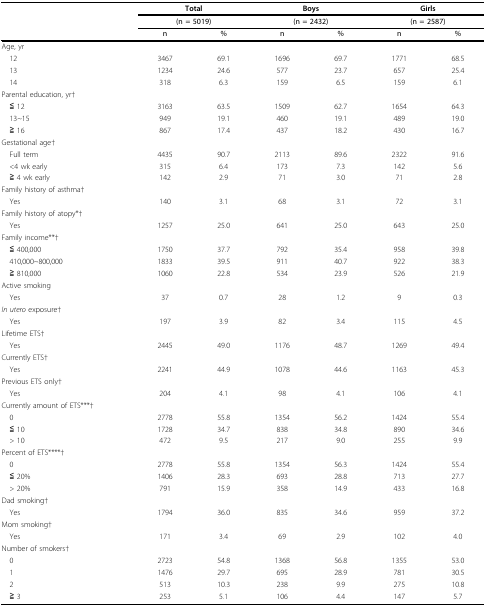
<table><thead><tr><td></td><td colspan="2"><b>Total</b></td><td colspan="2"><b>Boys</b></td><td colspan="2"><b>Girls</b></td></tr><tr><td></td><td colspan="2"><b>(n = 5019)</b></td><td colspan="2"><b>(n = 2432)</b></td><td colspan="2"><b>(n = 2587)</b></td></tr><tr><td></td><td><b>n</b></td><td><b>%</b></td><td><b>n</b></td><td><b>%</b></td><td><b>n</b></td><td><b>%</b></td></tr></thead><tbody><tr><td>Age, yr</td><td></td><td></td><td></td><td></td><td></td><td></td></tr><tr><td> 12</td><td>3467</td><td>69.1</td><td>1696</td><td>69.7</td><td>1771</td><td>68.5</td></tr><tr><td> 13</td><td>1234</td><td>24.6</td><td>577</td><td>23.7</td><td>657</td><td>25.4</td></tr><tr><td> 14</td><td>318</td><td>6.3</td><td>159</td><td>6.5</td><td>159</td><td>6.1</td></tr><tr><td>Parental education, yr†</td><td></td><td></td><td></td><td></td><td></td><td></td></tr><tr><td> ≦ 12</td><td>3163</td><td>63.5</td><td>1509</td><td>62.7</td><td>1654</td><td>64.3</td></tr><tr><td> 13~15</td><td>949</td><td>19.1</td><td>460</td><td>19.1</td><td>489</td><td>19.0</td></tr><tr><td> ≧ 16</td><td>867</td><td>17.4</td><td>437</td><td>18.2</td><td>430</td><td>16.7</td></tr><tr><td>Gestational age†</td><td></td><td></td><td></td><td></td><td></td><td></td></tr><tr><td> Full term</td><td>4435</td><td>90.7</td><td>2113</td><td>89.6</td><td>2322</td><td>91.6</td></tr><tr><td> &lt;4 wk early</td><td>315</td><td>6.4</td><td>173</td><td>7.3</td><td>142</td><td>5.6</td></tr><tr><td> ≧ 4 wk early</td><td>142</td><td>2.9</td><td>71</td><td>3.0</td><td>71</td><td>2.8</td></tr><tr><td>Family history of asthma†</td><td></td><td></td><td></td><td></td><td></td><td></td></tr><tr><td> Yes</td><td>140</td><td>3.1</td><td>68</td><td>3.1</td><td>72</td><td>3.1</td></tr><tr><td>Family history of atopy*†</td><td></td><td></td><td></td><td></td><td></td><td></td></tr><tr><td> Yes</td><td>1257</td><td>25.0</td><td>641</td><td>25.0</td><td>643</td><td>25.0</td></tr><tr><td>Family income**†</td><td></td><td></td><td></td><td></td><td></td><td></td></tr><tr><td> ≦ 400,000</td><td>1750</td><td>37.7</td><td>792</td><td>35.4</td><td>958</td><td>39.8</td></tr><tr><td> 410,000~800,000</td><td>1833</td><td>39.5</td><td>911</td><td>40.7</td><td>922</td><td>38.3</td></tr><tr><td> ≧ 810,000</td><td>1060</td><td>22.8</td><td>534</td><td>23.9</td><td>526</td><td>21.9</td></tr><tr><td>Active smoking</td><td></td><td></td><td></td><td></td><td></td><td></td></tr><tr><td> Yes</td><td>37</td><td>0.7</td><td>28</td><td>1.2</td><td>9</td><td>0.3</td></tr><tr><td><i>In utero </i>exposure†</td><td></td><td></td><td></td><td></td><td></td><td></td></tr><tr><td> Yes</td><td>197</td><td>3.9</td><td>82</td><td>3.4</td><td>115</td><td>4.5</td></tr><tr><td>Lifetime ETS†</td><td></td><td></td><td></td><td></td><td></td><td></td></tr><tr><td> Yes</td><td>2445</td><td>49.0</td><td>1176</td><td>48.7</td><td>1269</td><td>49.4</td></tr><tr><td>Currently ETS†</td><td></td><td></td><td></td><td></td><td></td><td></td></tr><tr><td> Yes</td><td>2241</td><td>44.9</td><td>1078</td><td>44.6</td><td>1163</td><td>45.3</td></tr><tr><td>Previous ETS only†</td><td></td><td></td><td></td><td></td><td></td><td></td></tr><tr><td> Yes</td><td>204</td><td>4.1</td><td>98</td><td>4.1</td><td>106</td><td>4.1</td></tr><tr><td>Currently amount of ETS***†</td><td></td><td></td><td></td><td></td><td></td><td></td></tr><tr><td> 0</td><td>2778</td><td>55.8</td><td>1354</td><td>56.2</td><td>1424</td><td>55.4</td></tr><tr><td> ≦ 10</td><td>1728</td><td>34.7</td><td>838</td><td>34.8</td><td>890</td><td>34.6</td></tr><tr><td> &gt; 10</td><td>472</td><td>9.5</td><td>217</td><td>9.0</td><td>255</td><td>9.9</td></tr><tr><td>Percent of ETS****†</td><td></td><td></td><td></td><td></td><td></td><td></td></tr><tr><td> 0</td><td>2778</td><td>55.8</td><td>1354</td><td>56.3</td><td>1424</td><td>55.4</td></tr><tr><td> ≦ 20%</td><td>1406</td><td>28.3</td><td>693</td><td>28.8</td><td>713</td><td>27.7</td></tr><tr><td> &gt; 20%</td><td>791</td><td>15.9</td><td>358</td><td>14.9</td><td>433</td><td>16.8</td></tr><tr><td>Dad smoking†</td><td></td><td></td><td></td><td></td><td></td><td></td></tr><tr><td> Yes</td><td>1794</td><td>36.0</td><td>835</td><td>34.6</td><td>959</td><td>37.2</td></tr><tr><td>Mom smoking†</td><td></td><td></td><td></td><td></td><td></td><td></td></tr><tr><td> Yes</td><td>171</td><td>3.4</td><td>69</td><td>2.9</td><td>102</td><td>4.0</td></tr><tr><td>Number of smokers†</td><td></td><td></td><td></td><td></td><td></td><td></td></tr><tr><td> 0</td><td>2723</td><td>54.8</td><td>1368</td><td>56.8</td><td>1355</td><td>53.0</td></tr><tr><td> 1</td><td>1476</td><td>29.7</td><td>695</td><td>28.9</td><td>781</td><td>30.5</td></tr><tr><td> 2</td><td>513</td><td>10.3</td><td>238</td><td>9.9</td><td>275</td><td>10.8</td></tr><tr><td> ≧ 3</td><td>253</td><td>5.1</td><td>106</td><td>4.4</td><td>147</td><td>5.7</td></tr></tbody></table>